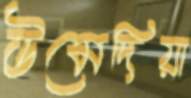
উমেদিয়া